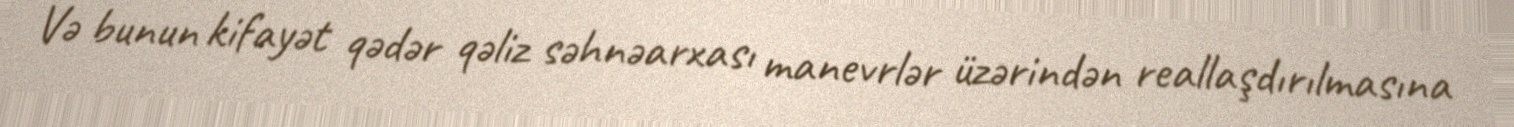
Və bunun kifayət qədər qəliz səhnəarxası manevrlər üzərindən reallaşdırılmasına